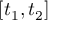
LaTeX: [ t _ { 1 } , t _ { 2 } ]